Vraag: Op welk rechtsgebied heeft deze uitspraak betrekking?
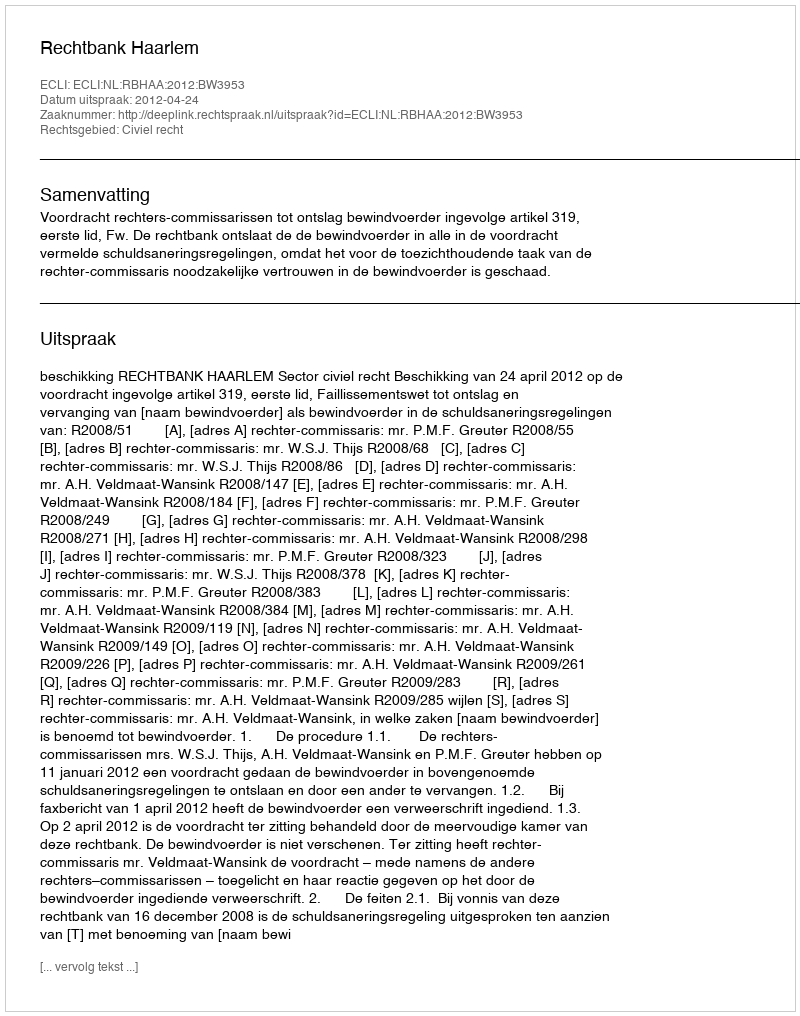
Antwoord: Civiel recht